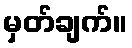
မှတ်ချက်။